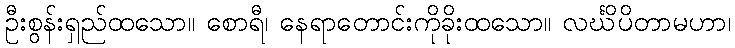
ဦးစွန်းရှည်ထသော။ စောရီ၊ နေရာတောင်းကိုခိုးထသော။ လင်္ဃိပိတာမဟာ၊